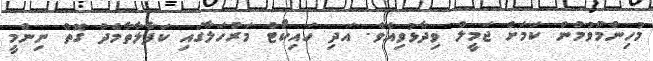
މުހިންމުވުމުން ކަމަށް ޖަމީލް ވިދާޅުވިއެވެ. އަދި ހައިކޯޓް މަރުހަލާގައި ކަފާލާތާމެދު ގޮތް ނިންމީ